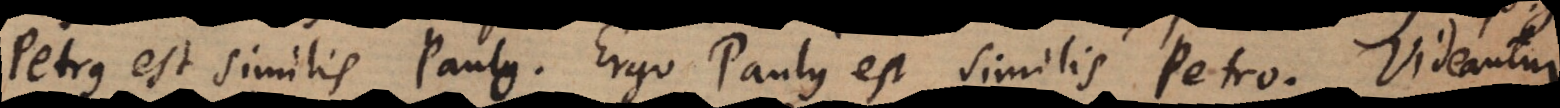
Petrus est similis Paulo. Ergo Paulus est similis Petro. Videantur